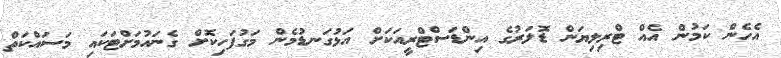
އެހެން ކަމުން އެއް ޓްރިލިޔަން ޑޮލަރުގެ އިންޑަސްޓްރީއަކަށް އަޅުގަނޑުމެން މަގުފަހިކޮށް ގެނައުމަށްޓަކައި މަސައްކަތް